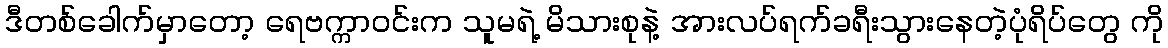
ဒီတစ်ခေါက်မှာတော့ ရေဗက္ကာဝင်းက သူမရဲ့ မိသားစုနဲ့ အားလပ်ရက်ခရီးသွားနေတဲ့ပုံရိပ်တွေ ကို